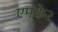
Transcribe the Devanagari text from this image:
एमके२